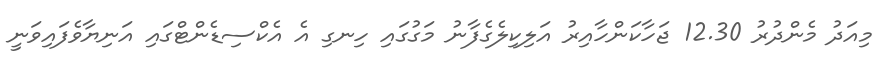
މިއަދު މެންދުރު 12.30 ޖަހާކަންހާއިރު އަލިކިލެގެފާނު މަގުގައި ހިނގި އެ އެކްސިޑެންޓްގައި އަނިޔާވެފައިވަނީ